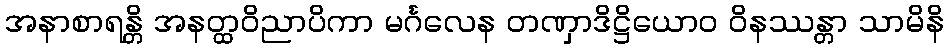
အနာစာရန္တိ အနတ္ထဝိညာပိကာ မင်္ဂလေန တဏှာဒိဋ္ဌိယောဝ ဝိနဿန္တာ သာမိနိ